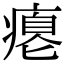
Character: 瘪